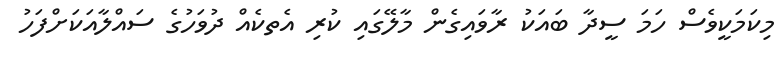
މިކަމަކީވެސް ހަމަ ސީދާ ބައަކު ރާވައިގެން މާލޭގައި ކުރި އެތކެއް ދުވަހުގެ ސައްލާއަކަށްފަހު